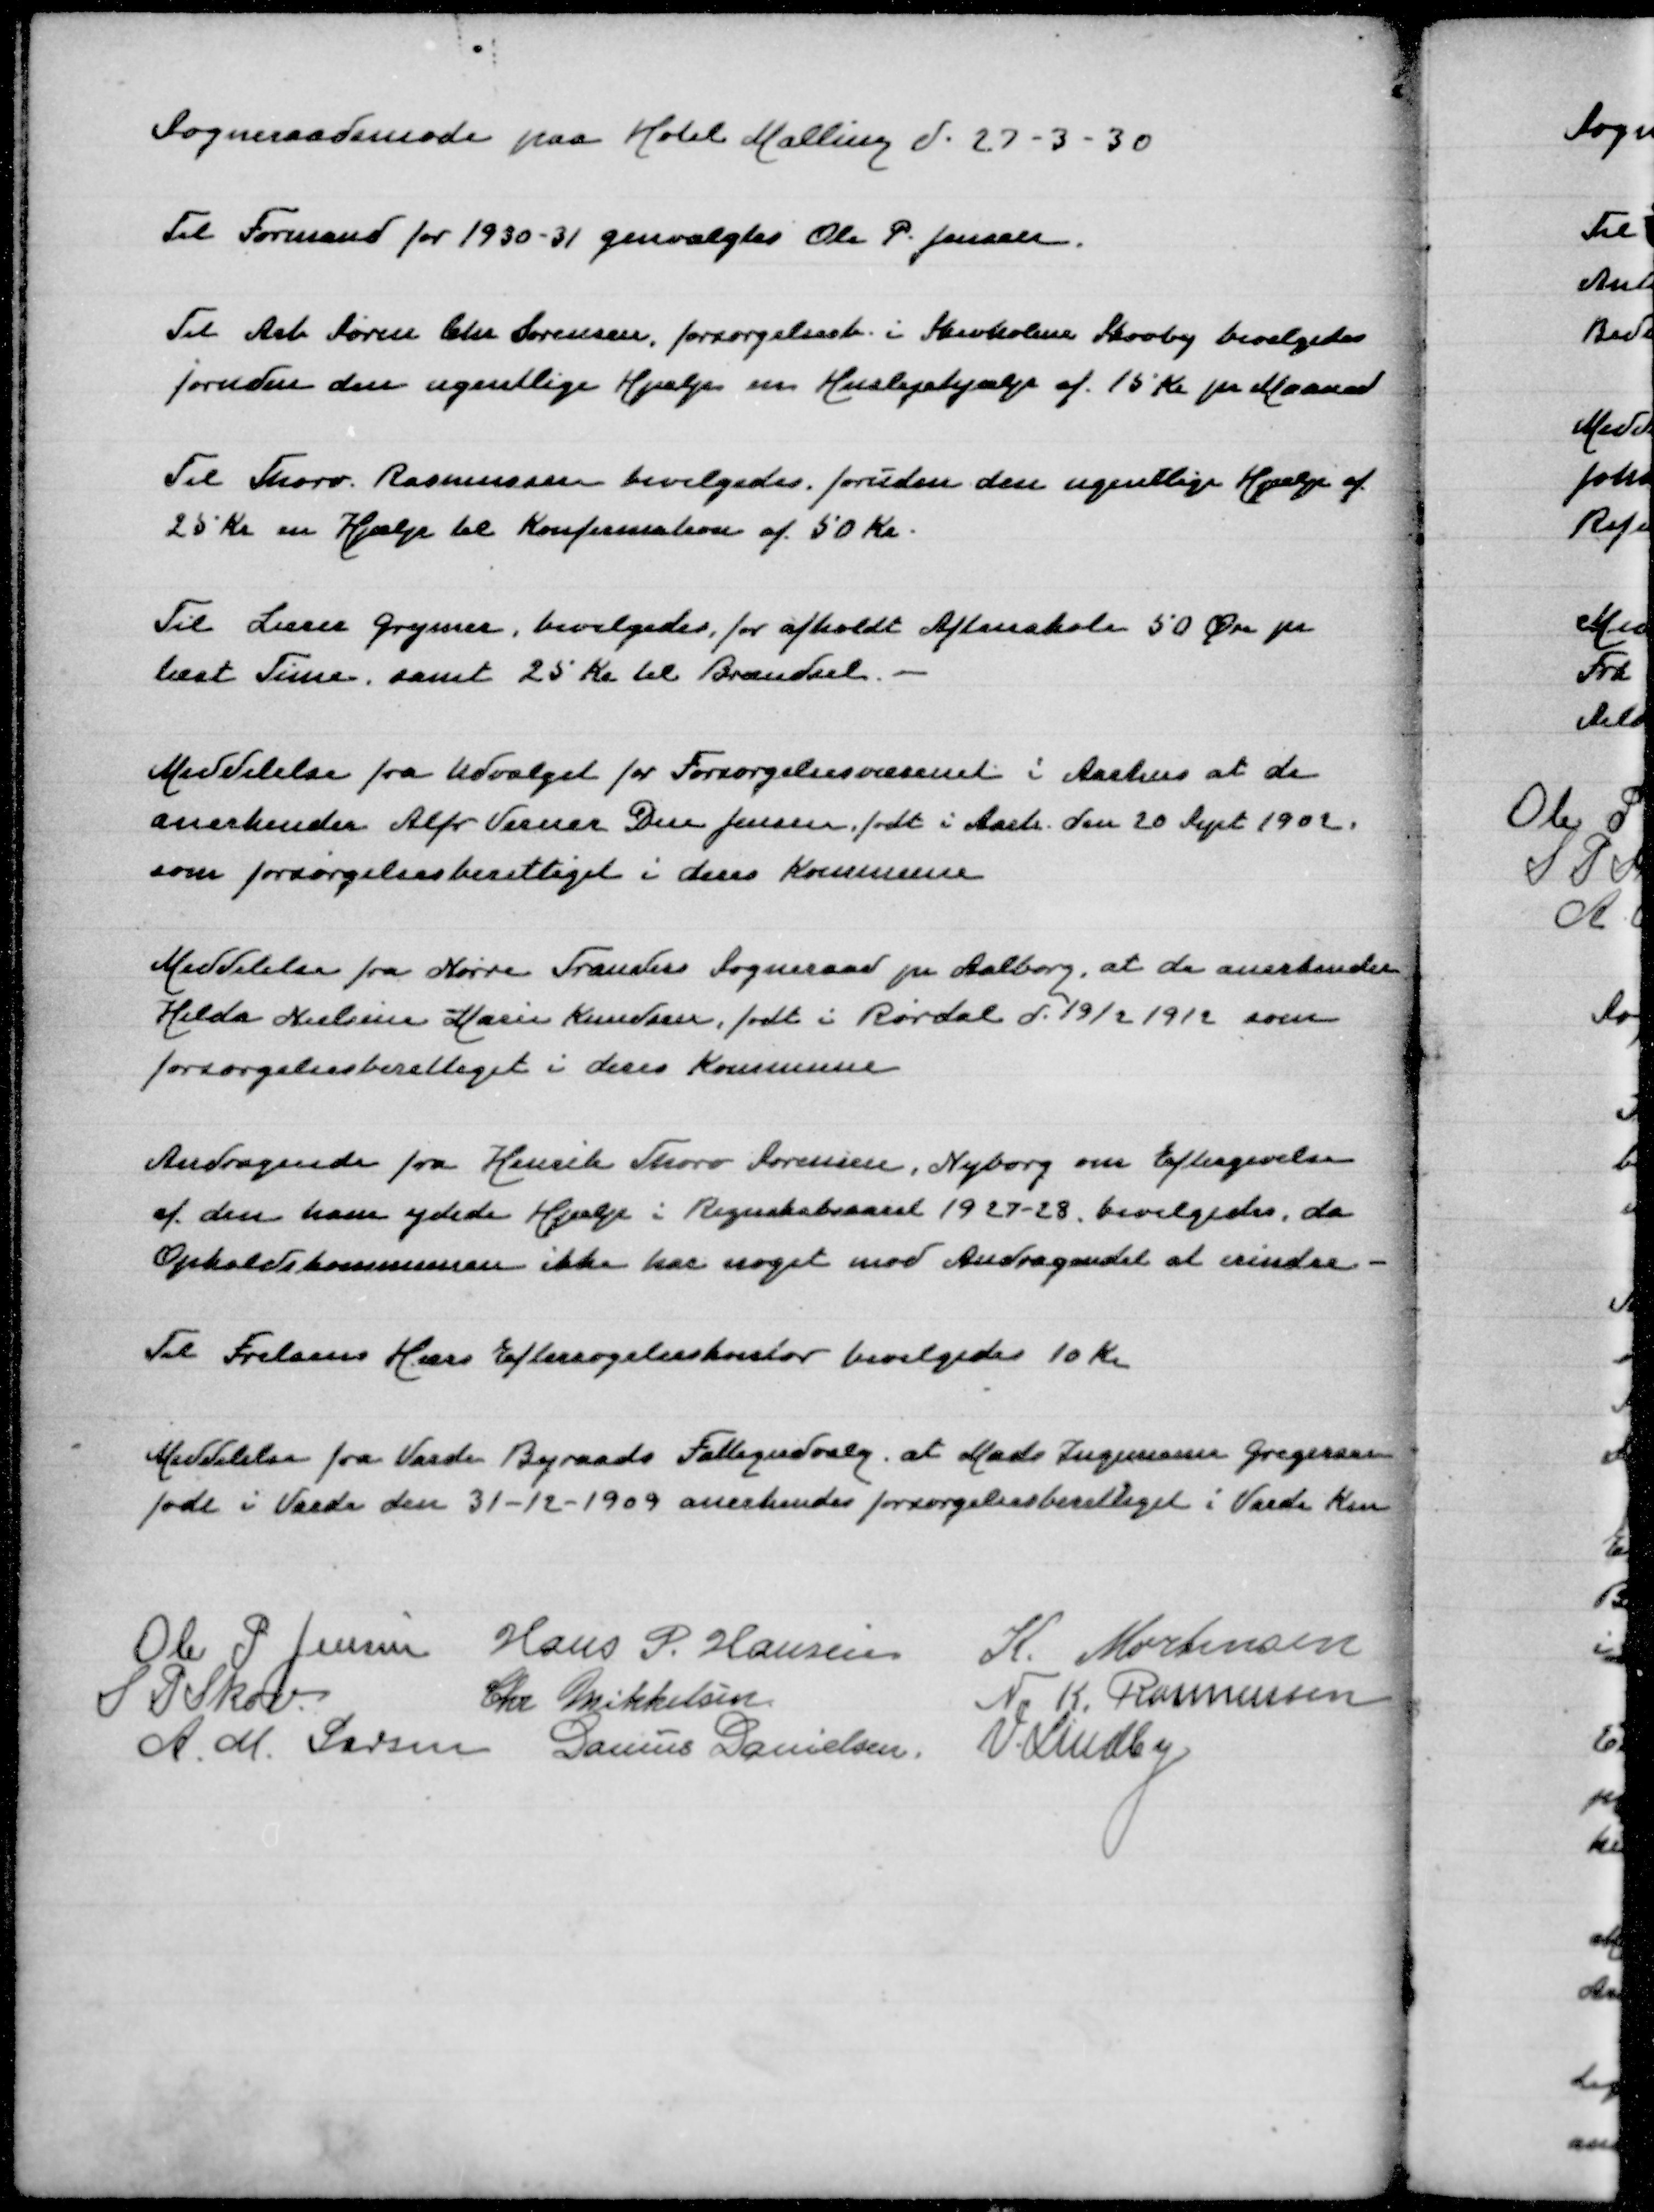
Transskription:
Sogneraadsmøde paa Hotel Malling d 27-3-30

Til Formand for 1930-31 genvalgtes Ole P Jensen

Til Arb Søren Chr Sørensen, forsørgelsesb i Skivholme Skovby bevilgedes
foruden den ugentlige Hjælp Huslejehjælp af 15 Kr pr Maaned

Til Thorv Rasmussen bevilgedes foruden den ugentlige Hjælp af
25 Kr en Hjælp til Konfirmation af 50 Kr

Til Lærer Grymer, bevilgedes, for afholdt Aftenskole 50 Øre pr
læst Time samt 25 Kr til Brændsel

Meddelelse fra Udvalget for Forsørgelsesvæsenet i Aarhus at de
anerkender Alfr Verner Due Jensen, født i Aarh, den 20 Sept 1902
som forsørgelsesberettiget i deres Kommune

Meddelelse fra Nørre Tranders Sogneraad pr Aalborg, at de anerkender
Hilda Nielsine Karin Knudsen, født i Rørdal d 19/2 1912 som
forsørgelsesberettiget i deres Kommune

Andragende fra Henrik Thorø Sørensen, Nyborg om Eftergivelse
af den ham ydede Hjælp i Regnskabsaaret 1927-28, bevilgedes, da
Opholdskommunen ikke har noget mod Andragendet at erindre

Til Frelsens Hærs Eftersøgelseskontor bevilgedes 10 Kr

Meddelelse fra Varde Byraads Fattigudvalg at Mads Ingemann Gregersen
født i Varde den 31-12-1909 anerkendes forsørgelsesberettiget i Varde Km

Ole P Jensen
Hans P Hansen
K Mortensen
S P Skov
Chr Mikkelsen
N K Rasmussen
A M Larsen
Danius Danielsen
V Lindby